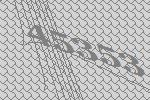
45353